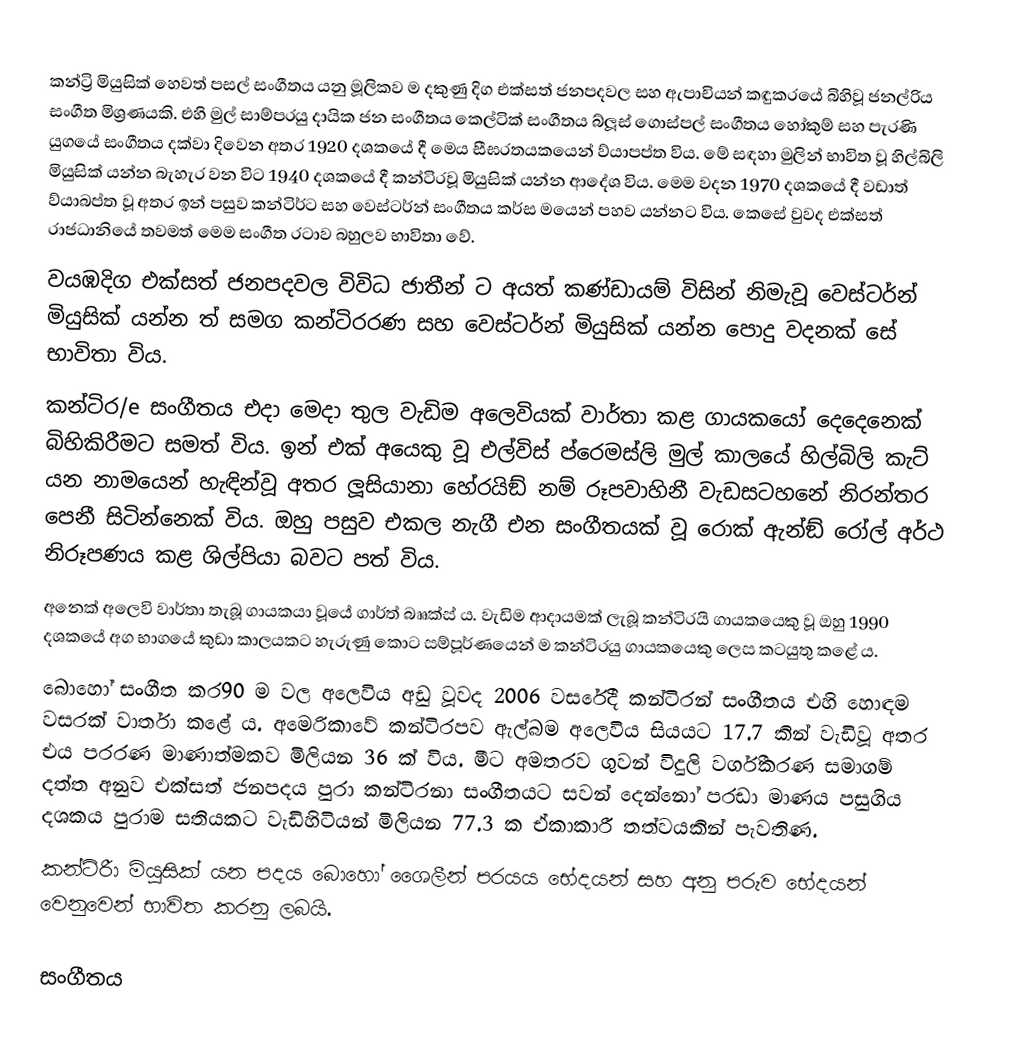
කන්ට්‍රි  මියුසික් හෙවත් පසල් සංගීතය යනු මූලිකව ම දකුණු දිග එක්සත් ජනපදවල සහ ඇපාචියන් කඳුකරයේ බිහිවූ ජනල්‍රිය සංගීත මිශ්‍රණයකි. එහි මුල් සාම්පරයු දායික ජන සංගීතය කෙල්ටික් සංගීතය බ්ලූස් ගොස්පල් සංගීතය හෝකුම් සහ පැරණි යුගයේ සංගීතය දක්වා දිවෙන අතර 1920 දශකයේ දී මෙය සීඝරතයකයෙන් ව්යාපප්ත විය. මේ සඳහා මුලින් භාවිත වූ හිල්බිලි මියුසික් යන්න බැහැර වන විට 1940 දශකයේ දී කන්ටිරවූ  මියුසික් යන්න ආදේශ විය. මෙම වදන 1970 දශකයේ දී වඩාත් ව්යාබප්ත වූ අතර ඉන් පසුව කන්ටිර්ට  සහ වෙස්ටර්න් සංගීතය කර්ස මයෙන් පහව යන්නට විය. කෙසේ වුවද එක්සත් රාජධානියේ තවමත් මෙම සංගීත රටාව බහුලව භාවිතා වේ.
වයඹදිග එක්සත් ජනපදවල විවිධ ජාතීන් ට අයත් කණ්ඩායම් විසින් නිමැවූ වෙස්ටර්න් මියුසික් යන්න ත් සමග කන්ටිරරණ  සහ වෙස්ටර්න් මියුසික් යන්න පොදු වදනක් සේ භාවිතා විය.
කන්ටිර/e  සංගීතය එදා මෙදා තුල වැඩිම අලෙවියක් වාර්තා කළ ගායකයෝ දෙදෙනෙක් බිහිකිරීමට සමත් විය. ඉන් එක් අයෙකු වූ එල්විස් ප්රෙමස්ලි මුල් කාලයේ හිල්බිලි කැට් යන නාමයෙන් හැඳින්වූ අතර ලූසියානා හේරයිඞ් නම් රූපවාහිනී වැඩසටහනේ නිරන්තර පෙනී සිටින්නෙක් විය. ඔහු පසුව එකල නැගී එන සංගීතයක් වූ රොක් ඇන්ඞ් රෝල් අර්ථ නිරූපණය කළ ශිල්පියා බවට පත් විය.
අනෙක් අලෙවි වාර්තා තැබූ ගායකයා වූයේ ගාර්ත් බෲක්ස් ය. වැඩිම ආදායමක් ලැබූ කන්ටිරයි  ගායකයෙකු වූ ඔහු 1990 දශකයේ අග භාගයේ කුඩා කාලයකට හැරුණු කොට සම්පූර්ණයෙන් ම කන්ටිරයු  ගායකයෙකු ලෙස කටයුතු කළේ ය.
බොහෝ සංගීත කර90 ම වල අලෙවිය අඩු වූවද 2006 වසරේදී කන්ටිරන්  සංගීතය එහි හොඳම වසරක් වාර්තා කළේ ය. අමෙරිකාවේ කන්ටිරපව  ඇල්බම අලෙවිය සියයට 17.7 කින් වැඩිවූ අතර එය පරරණ මාණාත්මකව මිලියන 36 ක් විය. මීට අමතරව ගුවන් විදුලි වර්ගීකරණ සමාගම් දත්ත අනුව එක්සත් ජනපදය පුරා කන්ටිරනා  සංගීතයට සවන් දෙන්නෝ පරඩා මාණය පසුගිය දශකය පුරාම සතියකට වැඩිහිටියන් මිලියන 77.3 ක ඒකාකාරී තත්වයකින් පැවතිණ.
කන්ටිරීා  මියුසික් යන පදය බොහෝ ශෛලීන් පරයය භේදයන් සහ අනු පරුව භේදයන් වෙනුවෙන් භාවිත කරනු ලබයි.

සංගීතය